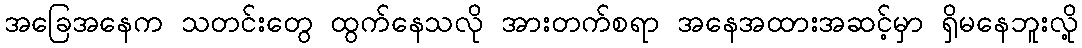
အခြေအနေက သတင်းတွေ ထွက်နေသလို အားတက်စရာ အနေအထားအဆင့်မှာ ရှိမနေဘူးလို့